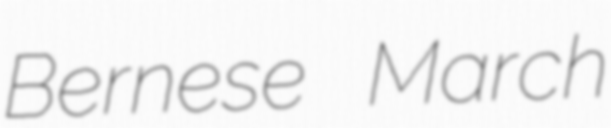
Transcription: Bernese March